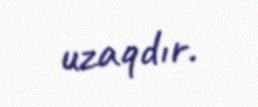
uzaqdır.